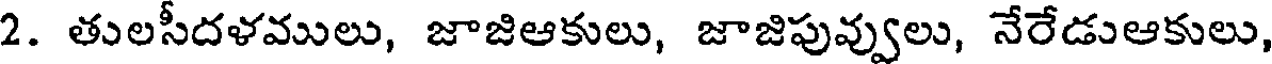
2. తులసీదళములు, జాజిఆకులు, జాజిపువ్వులు, నేరేడుఆకులు,